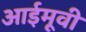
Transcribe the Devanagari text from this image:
आईमूवी